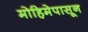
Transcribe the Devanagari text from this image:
मोहिमेपासून